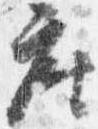
座